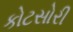
કોટસોરી